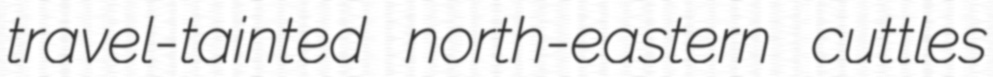
travel-tainted north-eastern cuttles